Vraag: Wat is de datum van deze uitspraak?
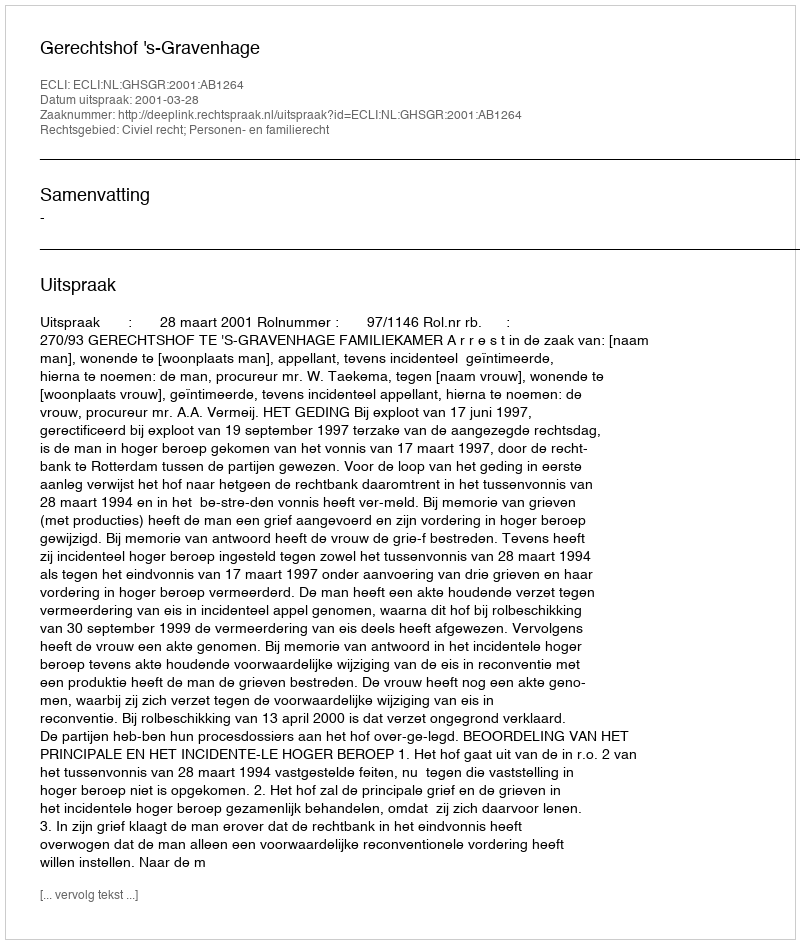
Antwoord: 2001-03-28